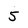
Character: 5